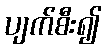
ပျက်စီး၍